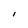
Character: l